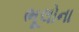
ભૂલોના